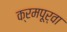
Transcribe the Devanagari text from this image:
क्रमपूर्वा